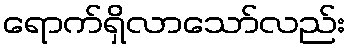
ရောက်ရှိလာသော်လည်း